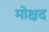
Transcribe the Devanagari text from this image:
मोक्षद